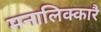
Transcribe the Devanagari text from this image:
मनालिक्कारै